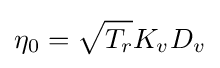
\eta _{0}={\sqrt {T_{r}}}K_{v}D_{v}